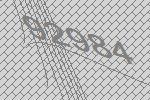
92984